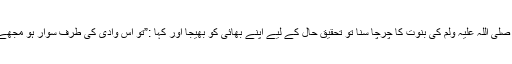
سیّدنا ابوذرغفاری رضی اللہ عنہ نے جب آپ صلی اللہ علیہ ولم کی بنوت کا چرچا سنا تو تحقیق حال کے لیے اپنے بھائی کو بھیجا اور کہا :”تُو اُس وادی کی طرف سوار ہو مجھے اُس آدمی کے بارے میں معلومات فراہم کر ۔